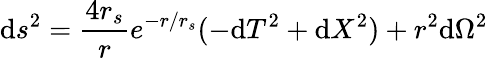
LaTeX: \mathrm{d}s^{2}=\frac{{4r_{s}}}{{r}}e^{-r/r_{s}}(-\mathrm{d}T^{2}+\mathrm{d}X^{2})+r^{2}\mathrm{d}\Omega^{2}